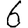
Digit: 6